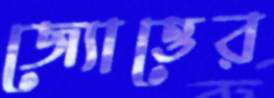
জ্যোত্তের